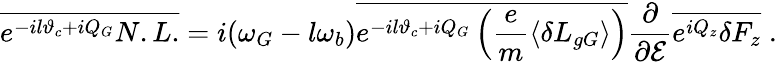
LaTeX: \overline{{e^{-il\vartheta_{c}+iQ_{G}}N.L.}}=i(\omega_{G}-l\omega_{b})\overline{{e^{-il\vartheta_{c}+iQ_{G}}\left(\frac{e}{m}\left\langle\delta L_{gG}\right\rangle\right)}}\frac{\partial}{\partial{\cal E}}\overline{{e^{iQ_{z}}\delta F_{z}}}\; .